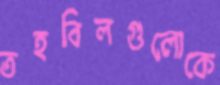
তহবিলগুলোকে